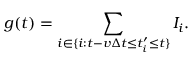
g ( t ) = \sum _ { i \in \{ i : t - v \Delta t \leq t _ { i } ^ { \prime } \leq t \} } I _ { i } .